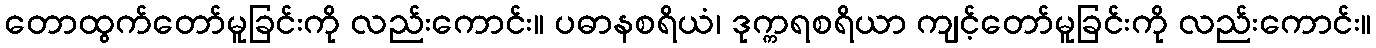
တောထွက်တော်မူခြင်းကို လည်းကောင်း။ ပဓာနစရိယံ၊ ဒုက္ကရစရိယာ ကျင့်တော်မူခြင်းကို လည်းကောင်း။